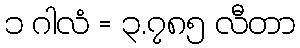
၁ ဂါလံ = ၃.၇၈၅ လီတာ